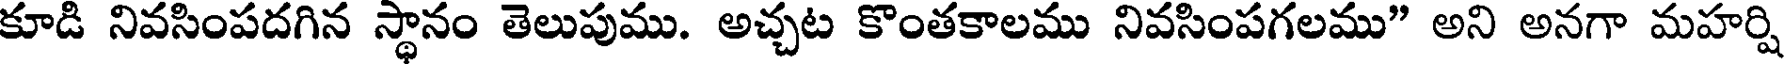
కూడి నివసింపదగిన స్థానం తెలుపుము. అచ్చట కొంతకాలము నివసింపగలము" అని అనగా మహర్షి